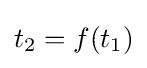
t_{2}=f(t_{1})